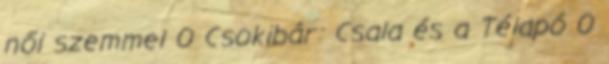
női szemmel 0 Csokibár: Csala és a Télapó 0